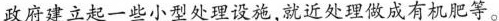
政府建立起一些小型处理设施,就近处理做成有机肥等。